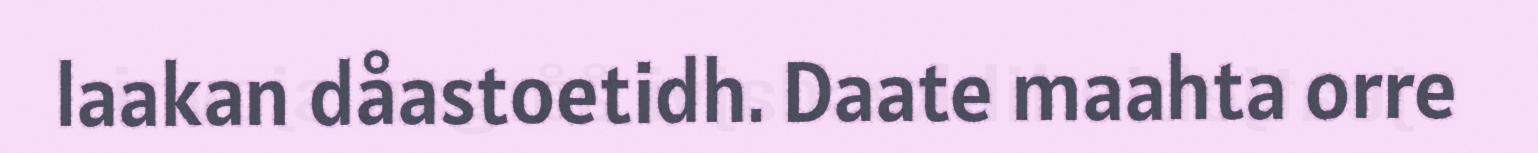
laakan dåastoetidh. Daate maahta orre